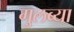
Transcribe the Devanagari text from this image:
गुलब्या